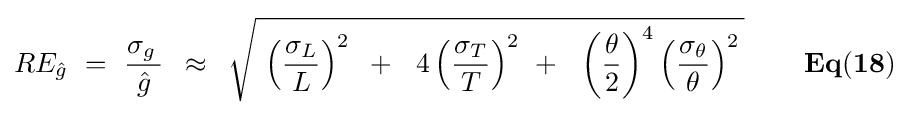
RE_{\hat {g}}\,\,=\,\,{{\sigma _{g}\,} \over {\hat {g}}}\,\,\,\approx \,\,\,{\sqrt {\,\,\left({{\sigma _{L}} \over L}\right)^{2}\,\,\,+\,\,\,\,4\left({{\sigma _{T}} \over T}\right)^{2}\,\,+\,\,\,\,\left({\theta  \over 2}\right)^{4}\left({{\sigma _{\theta }} \over \theta }\right)^{2}\,}}{\mathbf {\,\,\,\,\,\,\,\,\,\,\,\,\,Eq(18)} }